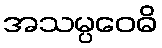
အသမ္ပဝေဓိ